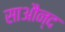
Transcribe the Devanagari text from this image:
साऔन्द